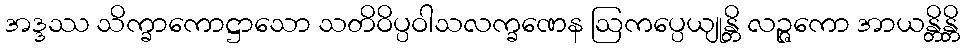
အဒ္ဒဿ သိက္ခာကောဋ္ဌာသော သတိဝိပ္ပဝါသလက္ခဏေန ဩကပ္ပေယျုန္တိ လဉ္ဇကော အာယန္တိန္တိ